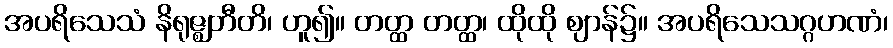
အပရိသေသံ နိရုဇ္ဈတီတိ၊ ဟူ၍။ တတ္ထ တတ္ထ၊ ထိုထို ဈာန်၌။ အပရိသေသဂ္ဂဟဏံ၊